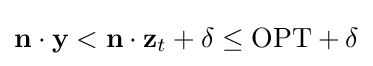
\mathbf {n} \cdot \mathbf {y} <\mathbf {n} \cdot \mathbf {z} _{t}+\delta \leq {\text{OPT}}+\delta